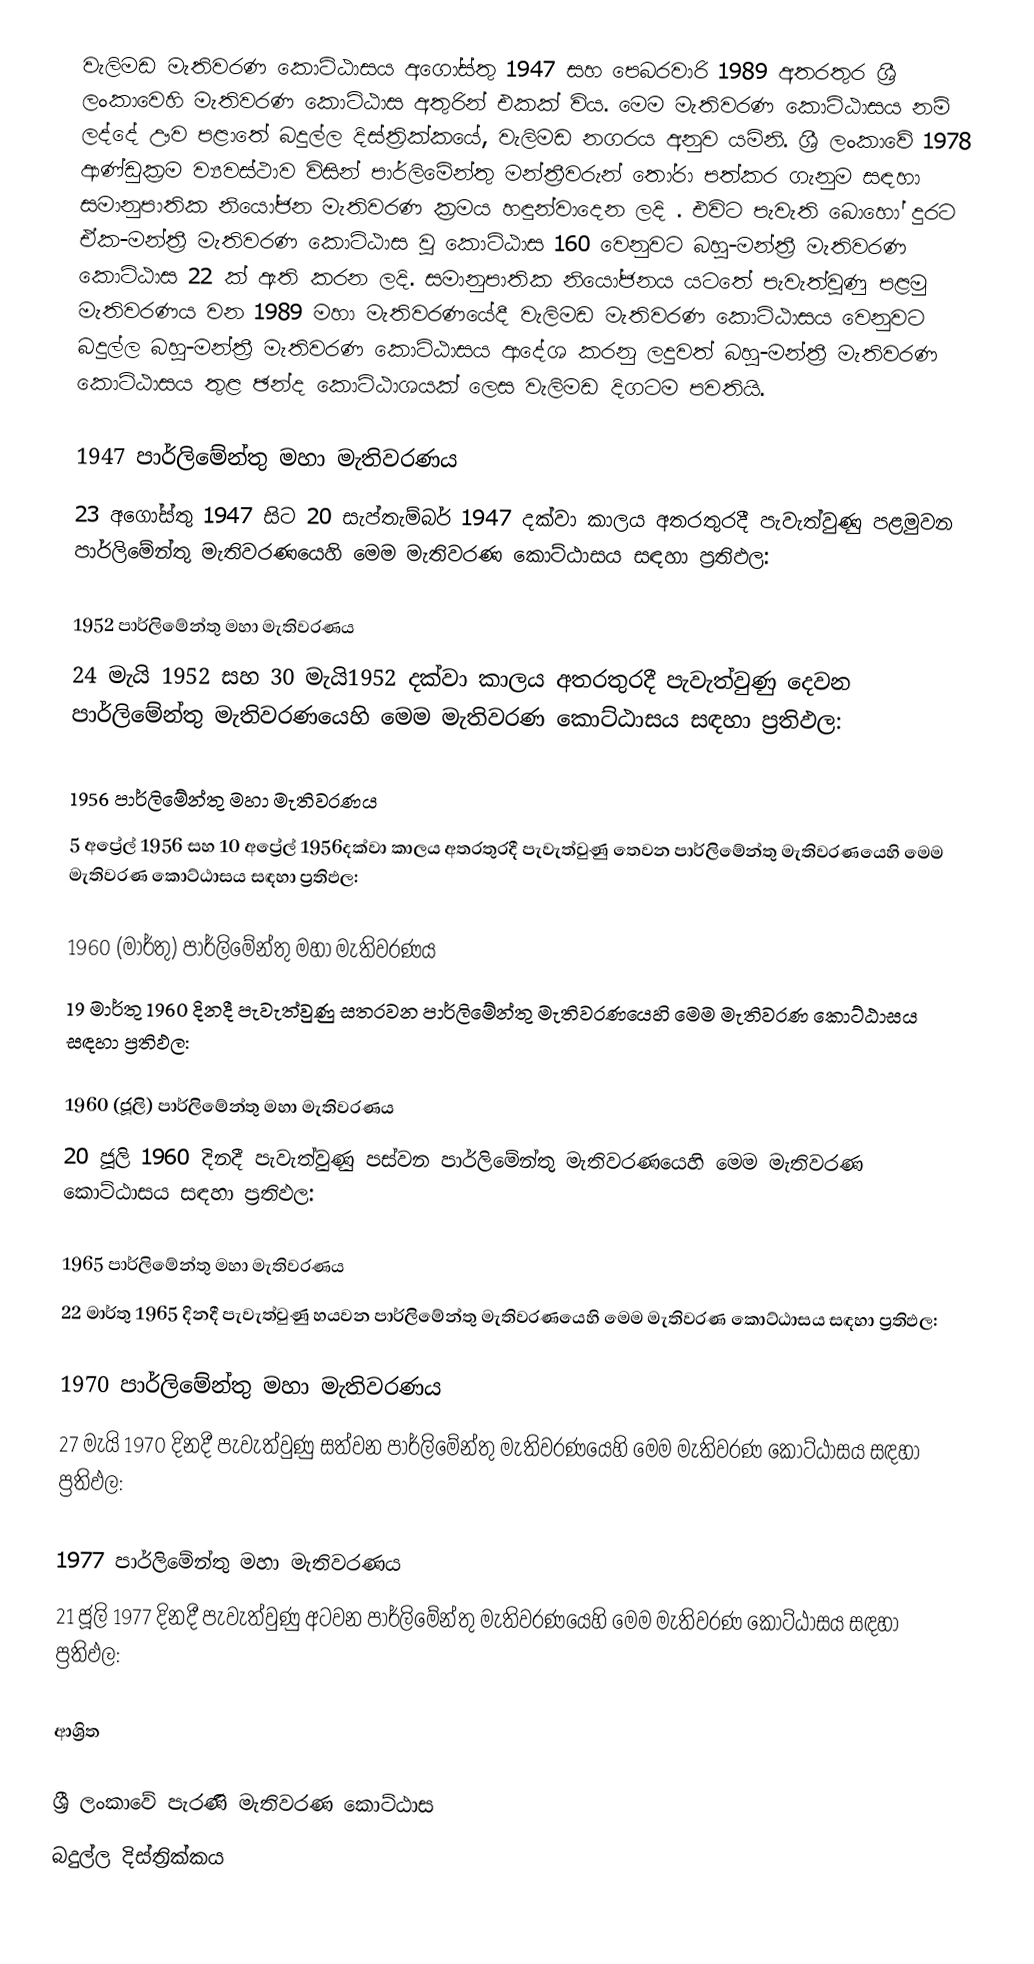
වැලිමඩ මැතිවරණ කොට්ඨාසය  අගෝස්තු 1947 සහ පෙබරවාරි 1989 අතරතුර  ශ්‍රී ලංකාවෙහි  මැතිවරණ කොට්ඨාස අතුරින් එකක් විය. මෙම මැතිවරණ කොට්ඨාසය නම් ලද්දේ  ඌව පළාතේ  බදුල්ල  දිස්ත්‍රික්කයේ,  වැලිමඩ නගරය අනුව යමිනි. ශ්‍රී ලංකාවේ 1978 ආණ්ඩුක්‍රම ව්‍යවස්ථාව විසින්   පාර්ලිමේන්තු මන්ත්‍රීවරුන් තෝරා පත්කර ගැනුම සඳහා සමානුපාතික නියෝජන මැතිවරණ ක්‍රමය හඳුන්වාදෙන ලදි . එවිට පැවැති බොහෝ දුරට  ඒක-මන්ත්‍රී මැතිවරණ කොට්ඨාස වූ කොට්ඨාස 160 වෙනුවට බහු-මන්ත්‍රී මැතිවරණ කොට්ඨාස 22 ක් ඇති කරන ලදි. සමානුපාතික නියෝජනය යටතේ පැවැත්වුණු පළමු මැතිවරණය වන 1989 මහා මැතිවරණයේදී  වැලිමඩ මැතිවරණ කොට්ඨාසය වෙනුවට  බදුල්ල  බහු-මන්ත්‍රී මැතිවරණ කොට්ඨාසය  ආදේශ කරනු ලදුවත් බහු-මන්ත්‍රී මැතිවරණ කොට්ඨාසය තුළ ඡන්ද කොට්ඨාශයක් ලෙස වැලිමඩ දිගටම පවතියි.

1947 පාර්ලිමේන්තු මහා මැතිවරණය
23 අගෝස්තු 1947 සිට 20 සැප්තැම්බර් 1947 දක්වා කාලය අතරතුරදී පැවැත්වුණු  පළමුවන පාර්ලිමේන්තු මැතිවරණයෙහි මෙම මැතිවරණ කොට්ඨාසය සඳහා ප්‍රතිඵල:

1952 පාර්ලිමේන්තු මහා මැතිවරණය
24 මැයි 1952 සහ 30 මැයි1952 දක්වා කාලය අතරතුරදී පැවැත්වුණු  දෙවන පාර්ලිමේන්තු මැතිවරණයෙහි මෙම මැතිවරණ කොට්ඨාසය සඳහා ප්‍රතිඵල:

1956 පාර්ලිමේන්තු මහා මැතිවරණය
5 අප්‍රේල් 1956 සහ 10 අප්‍රේල් 1956දක්වා කාලය අතරතුරදී පැවැත්වුණු  තෙවන පාර්ලිමේන්තු මැතිවරණයෙහි මෙම මැතිවරණ කොට්ඨාසය සඳහා ප්‍රතිඵල:

1960 (මාර්තු) පාර්ලිමේන්තු මහා මැතිවරණය
19 මාර්තු 1960 දිනදී පැවැත්වුණු  සතරවන පාර්ලිමේන්තු මැතිවරණයෙහි මෙම මැතිවරණ කොට්ඨාසය සඳහා ප්‍රතිඵල:

1960 (ජූලි) පාර්ලිමේන්තු මහා මැතිවරණය
20 ජූලි 1960 දිනදී පැවැත්වුණු  පස්වන පාර්ලිමේන්තු මැතිවරණයෙහි මෙම මැතිවරණ කොට්ඨාසය සඳහා ප්‍රතිඵල:

1965 පාර්ලිමේන්තු මහා මැතිවරණය
22 මාර්තු 1965  දිනදී පැවැත්වුණු  හයවන පාර්ලිමේන්තු මැතිවරණයෙහි මෙම මැතිවරණ කොට්ඨාසය සඳහා ප්‍රතිඵල:

1970 පාර්ලිමේන්තු මහා මැතිවරණය
27 මැයි 1970 දිනදී පැවැත්වුණු  සත්වන පාර්ලිමේන්තු මැතිවරණයෙහි මෙම මැතිවරණ කොට්ඨාසය සඳහා ප්‍රතිඵල:

1977 පාර්ලිමේන්තු මහා මැතිවරණය
21 ජූලි 1977 දිනදී පැවැත්වුණු  අටවන පාර්ලිමේන්තු මැතිවරණයෙහි මෙම මැතිවරණ කොට්ඨාසය සඳහා ප්‍රතිඵල:

ආශ්‍රිත

ශ්‍රී ලංකාවේ පැරණි මැතිවරණ කොට්ඨාස
 බදුල්ල දිස්ත්‍රික්කය